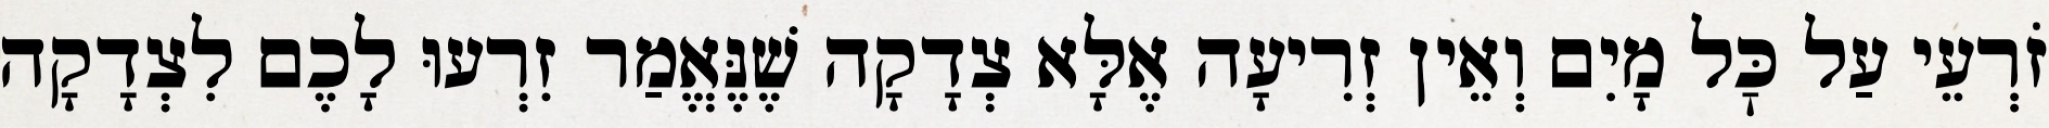
זֹרְעֵי עַל כׇּל מָיִם וְאֵין זְרִיעָה אֶלָּא צְדָקָה שֶׁנֶּאֱמַר זִרְעוּ לָכֶם לִצְדָקָה